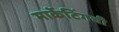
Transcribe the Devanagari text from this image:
मार्केटिंगची